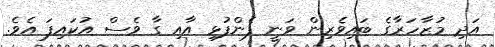
އަދި މުޒާހަރާގެ ބައިވެރިން ވަނީ ފެންފުޅި އާއި ގާ ވެސް އުކައިފަ އެވެ.